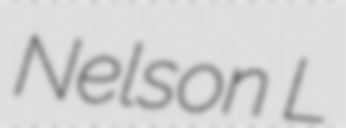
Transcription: Nelson L